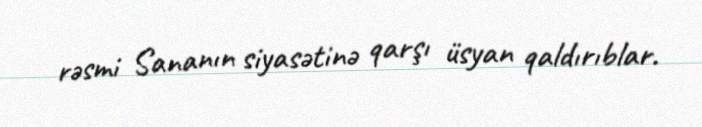
rəsmi Sananın siyasətinə qarşı üsyan qaldırıblar.